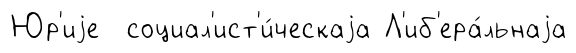
Юр'иjе социал'ист'и́ческаjа Л'иб'ера́льнаjа